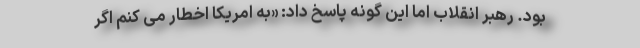
بود. رهبر انقلاب اما این گونه پاسخ داد: «به امریکا اخطار می کنم اگر